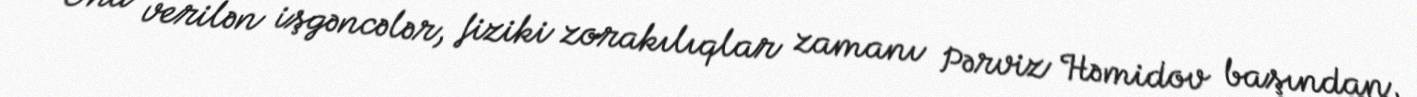
Ona verilən işgəncələr, fiziki zorakılıqlar zamanı Pərviz Həmidov başından,